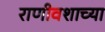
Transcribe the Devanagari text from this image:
राणीवशाच्या